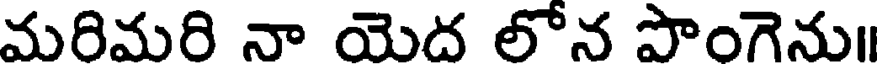
మరిమరి నా యెద లోన పొంగెనుI